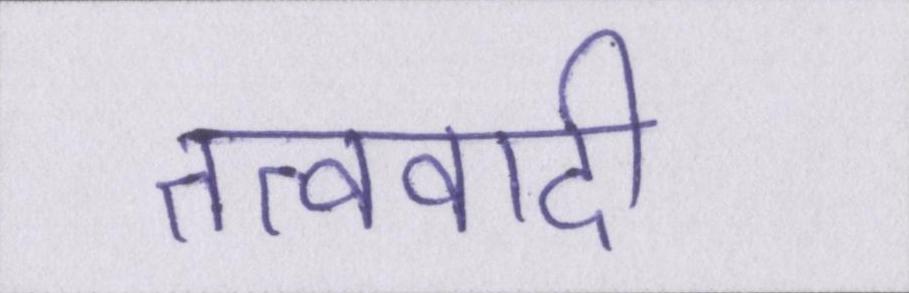
तत्ववादी